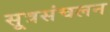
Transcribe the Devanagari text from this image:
सूत्रसंचलन